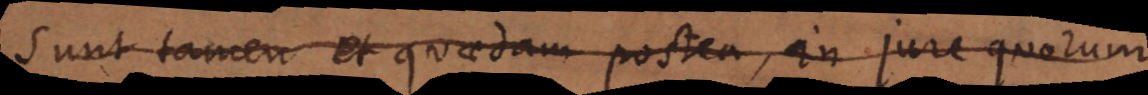
Sunt tamen et quaedam postea, in jure quorum